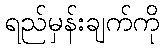
ရည်မှန်းချက်ကို